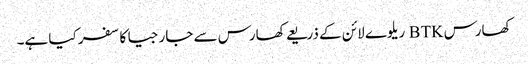
کھارس BTK ریلوے لائن کے ذریعے کھارس سے جارجیا کا سفر کیا ہے۔